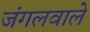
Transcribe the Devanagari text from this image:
जंगलवाले